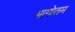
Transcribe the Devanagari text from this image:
भागोतम